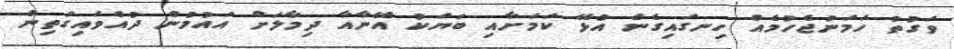
ވަގުތު ހަމަނުޖެހުމެއް ހިނގައިގެން އުޅޭ ކަމަށާއި ބަޔަކު އޭނާއާ ދިމާލަށް އައުމުން ދުއްވައިގަތިން